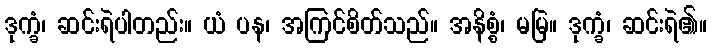
ဒုက္ခံ၊ ဆင်းရဲပါတည်း။ ယံ ပန၊ အကြင်စိတ်သည်။ အနိစ္စံ၊ မမြဲ။ ဒုက္ခံ၊ ဆင်းရဲ၏။